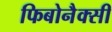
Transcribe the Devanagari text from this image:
फिबोनैक्सी